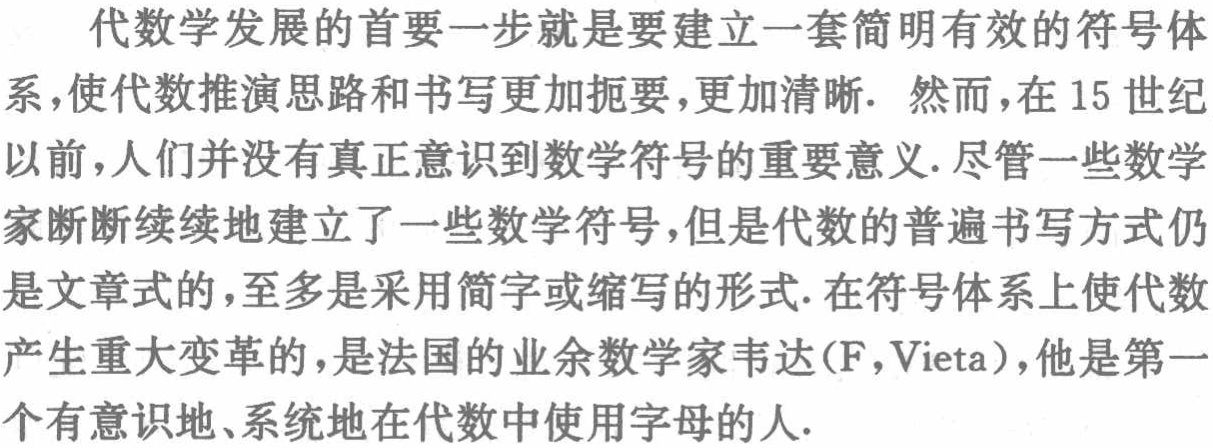
代数学发展的首要一步就是要建立一套简明有效的符号体系，使代数推演思路和书写更加扼要，更加清晰. 然而，在 15 世纪以前，人们并没有真正意识到数学符号的重要意义.尽管一些数学家断断续续地建立了一些数学符号，但是代数的普遍书写方式仍是文章式的，至多是采用简字或缩写的形式.在符号体系上使代数产生重大变革的，是法国的业余数学家韦达(F，Vieta)，他是第一个有意识地、系统地在代数中使用字母的人.